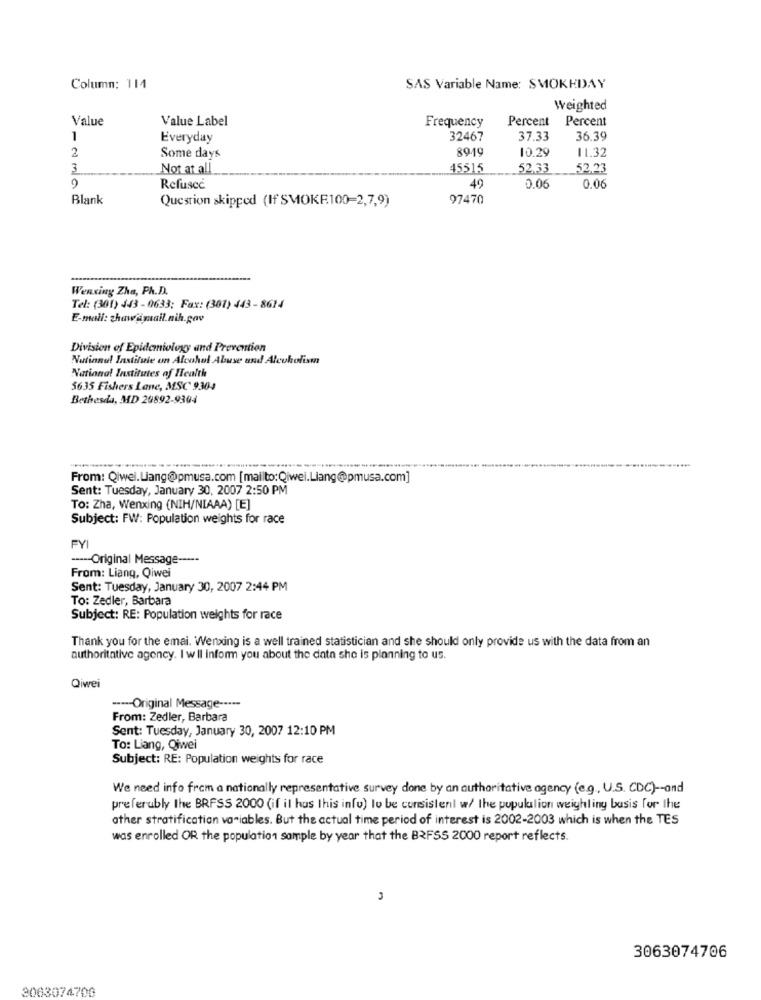
Column: 114
SAS Variable Name: SMOKEDAY
Weighted
Value
Value Label
Frequency
Percent Percent
1
Everyday
32467
37.33
36.39
2
8919
10.29
11.32
Some days
3
Not at all
45515
52.33
52,23
Refusce
49
0.06
0.06
Blank
Question skipped (If SMOKE100=2,7,9)
97470
Wenxing Zha, Ph.D.
Tel: (301) 443 - 0633; Fax: (301) 443 - 8614
E-mail: zhawfimail.nih.gov
Division of Epidemiology and Prevention
National Institute on Alcohol Abuse and Alcoholism
National Institutes of Health
5635 Fishers Lane, MSC 9304
Bethesda, MD 20892-9304
......
From: Qiwel. Liang@pmusa.com [mailto:Qiwei.Liang@pmusa.com]
Sent: Tuesday, January 30, 2007 2:50 PM
To: Zha, Wenxing (NIH/NIAAA) [E]
Subject: FW: Population weights for race
FYI
----- Original Message -----
From: Liang, Qiwei
Sent: Tuesday, January 30, 2007 2:44 PM
To: Zedler, Barbara
Subject: RE: Population weights for race
Thank you for the emai. Wenxing is a well trained statistician and she should only provide us with the data from an
authoritative agency. I w Il inform you about the data she is planning to us.
Qiwei
----- Original Message -····
From: Zedler, Barbara
Sent: Tuesday, January 30, 2007 12:10 PM
To: Liang, Qiwei
Subject: RE: Population weights for race
We need info from a nationally representative survey done by an authoritative agency (e.g ., U.S. CDC) -- and
preferably the BRFSS 2000 (if it has this info) lo be consistent w/ the population weighling basis for the
other stratification variables. But the actual time period of interest is 2002-2003 which is when the TES
was enrolled OR the population sample by year that the BRFSS 2000 report reflects.
3063074706
3063074700